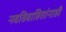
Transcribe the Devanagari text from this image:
नवविवाहितांनाही